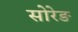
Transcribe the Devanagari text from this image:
सोरेङ